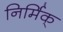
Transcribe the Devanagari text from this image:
निर्मिक्